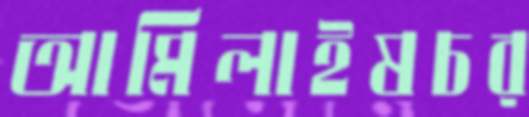
আমিলাইষচর